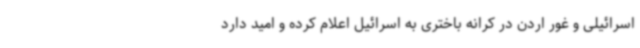
اسرائیلی و غور اردن در کرانه باختری به اسرائیل اعلام کرده و امید دارد